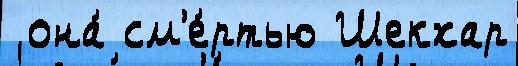
 она́ см'е́ртью Шекхар